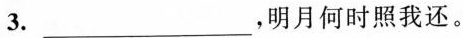
3.___，明月何时照我还。